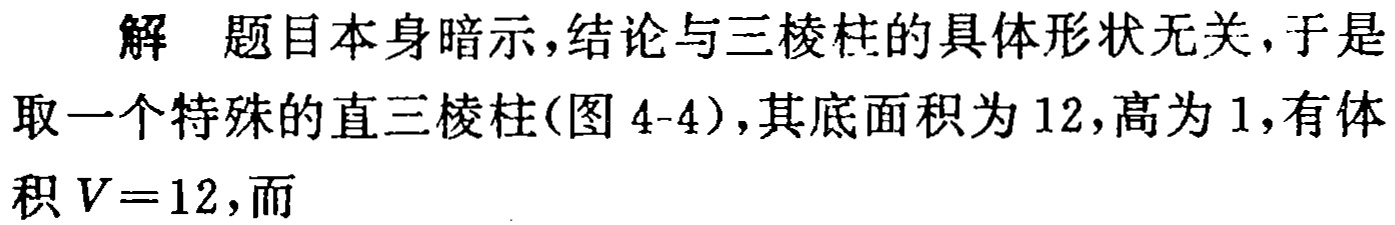
解 题目本身暗示,结论与三棱柱的具体形状无关,于是取一个特殊的直三棱柱(图 4-4),其底面积为 12,高为 1,有体积 \(V = 12\),而